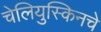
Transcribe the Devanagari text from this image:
चेलियुस्किनचे